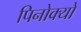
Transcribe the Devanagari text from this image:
पिनोक्यो